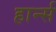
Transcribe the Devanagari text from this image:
हार्न्स